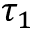
\tau _ { 1 }